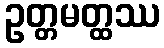
ဥတ္တမတ္ထဿ